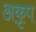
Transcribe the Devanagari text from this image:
अकृप